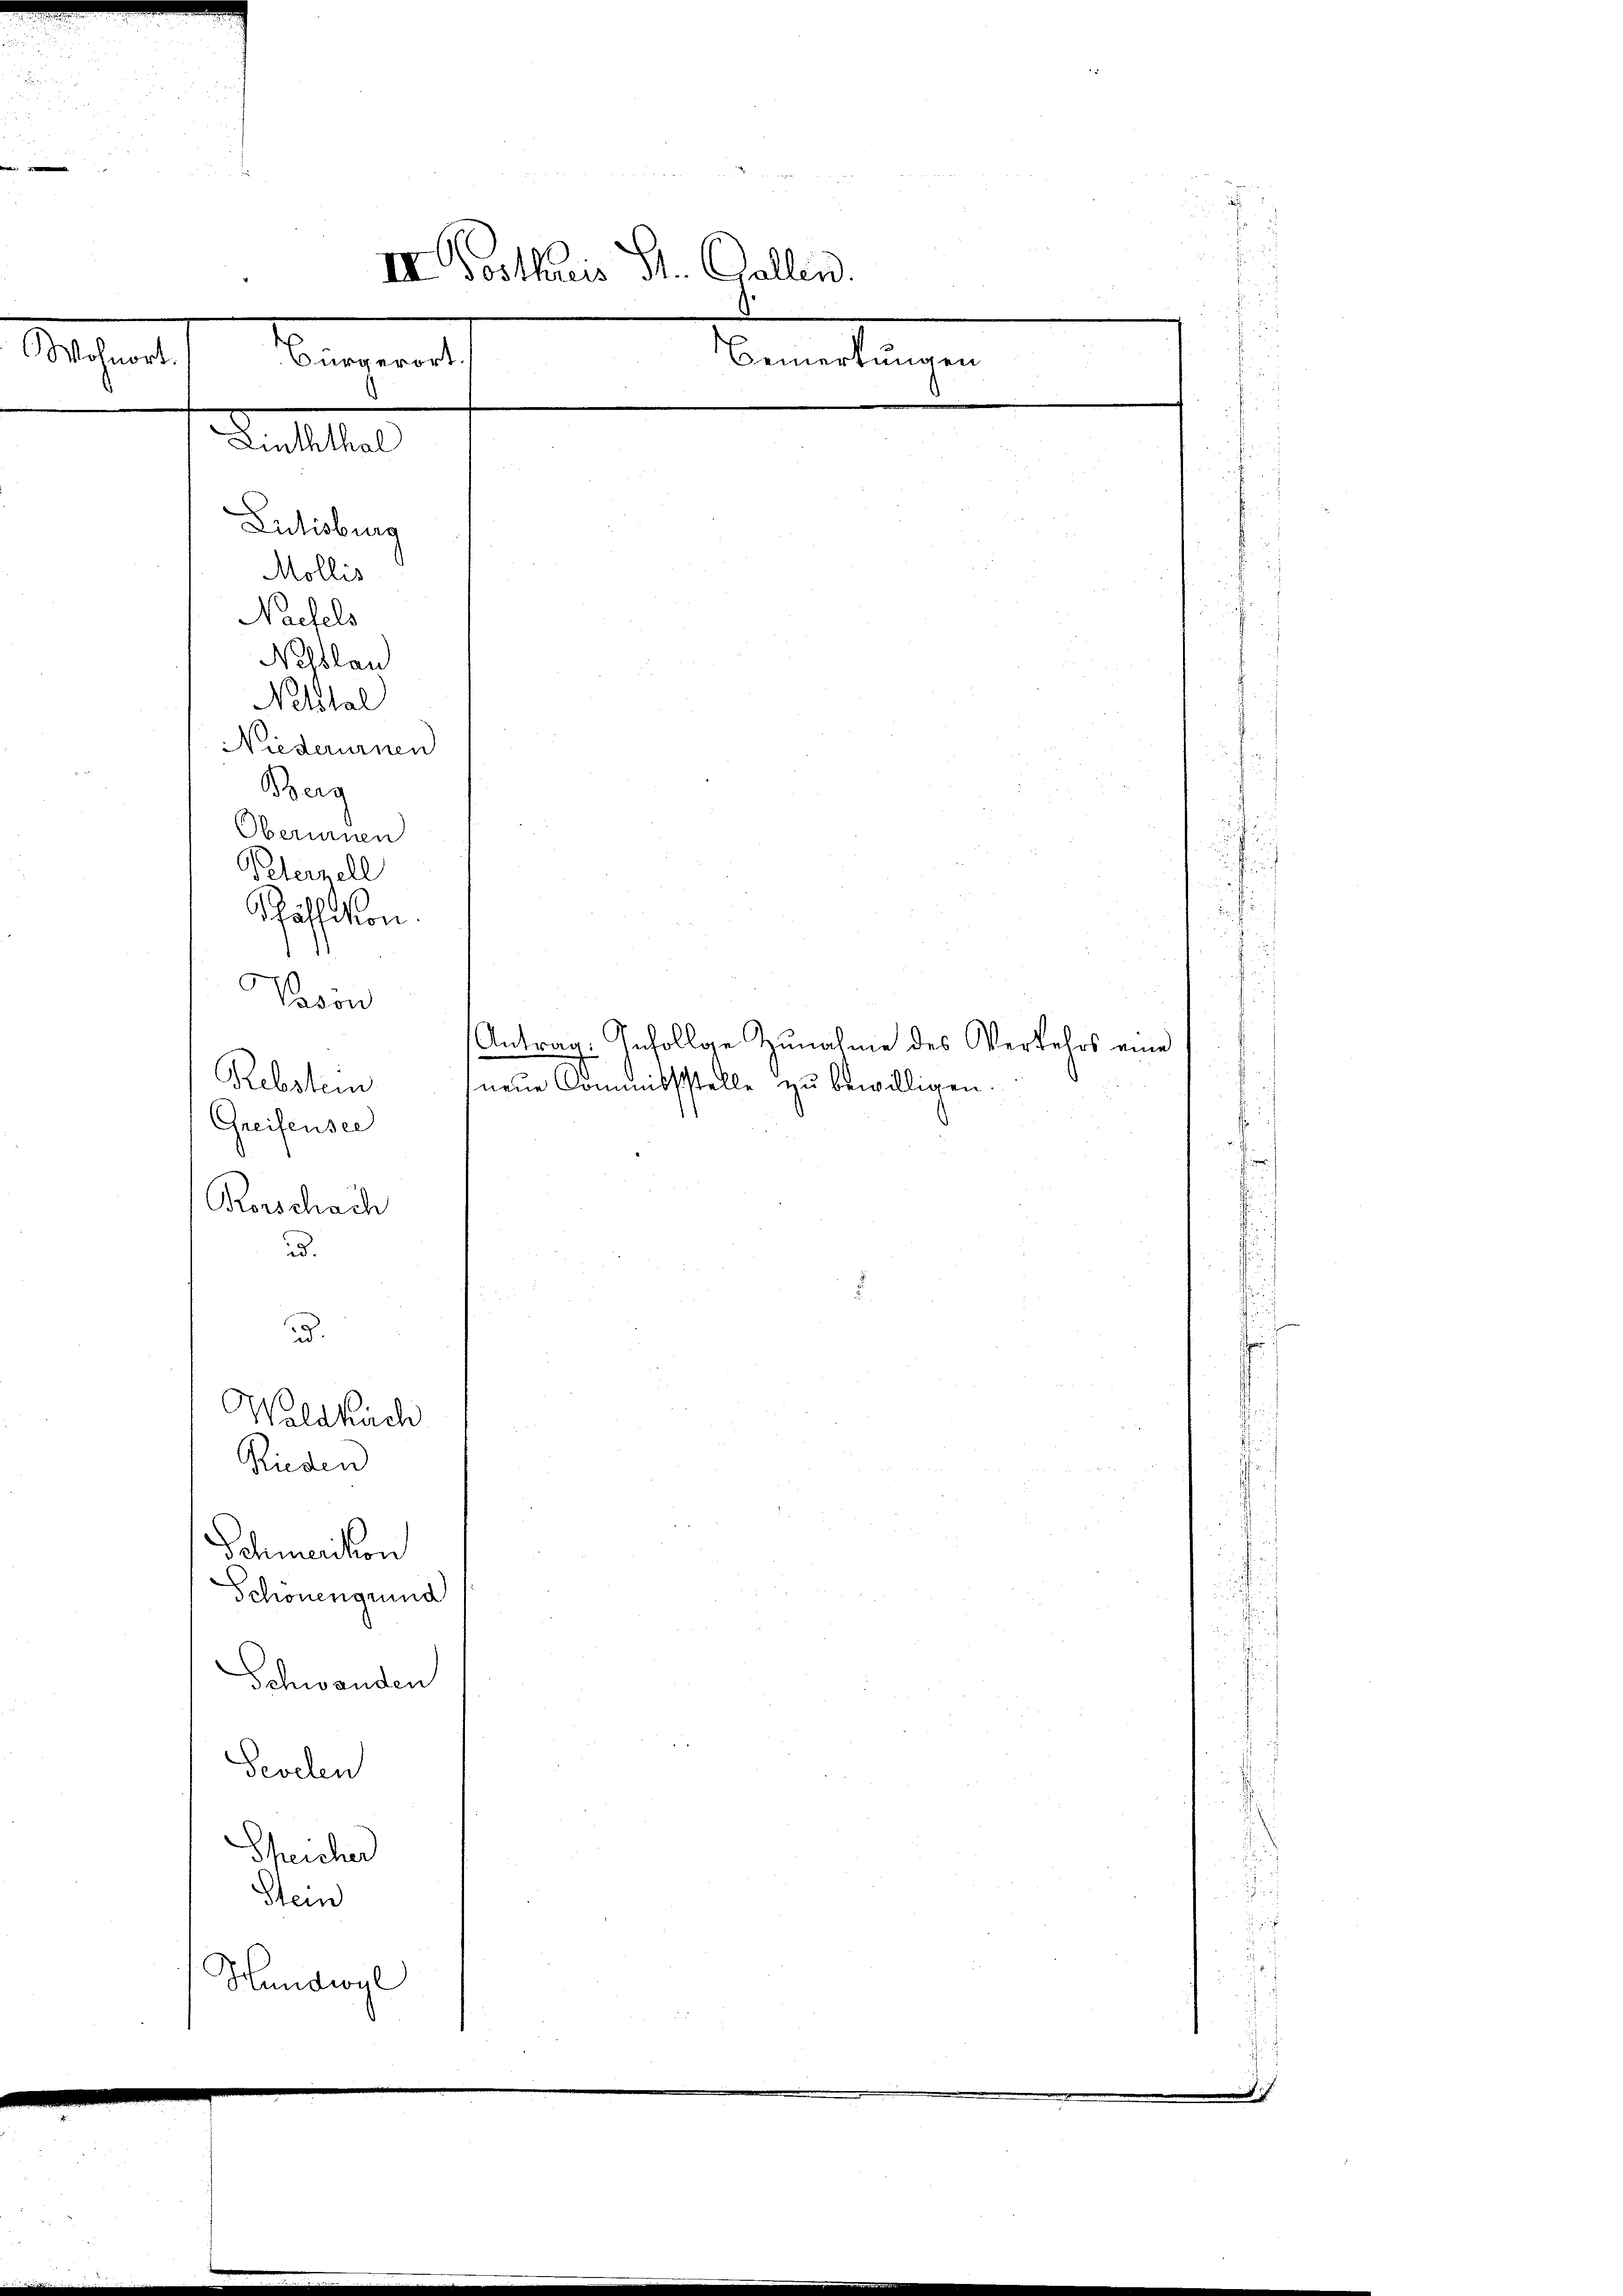
2555

Wohnor

.

Tantelal
Lutisburg
Mollis
Naefels
Nelblau
Nettal
Niederurnen
Berg
Oberinnen
Peternell
Pfäffikon.
Vavon
Rebstei
Greifensee

Korschach

III Postharis St. Gallen.
.
Bürgerort.
Bemerkungen

Antrag. Infolge Zunahme des Verkehrs eine
neue Commissstelle zu bewilligen.
ad.
ud.
Waldkuch
Rieden
Schmerikon
Schönengrund
Schwanden
Pevelen
Speicher
Stein
Hundwyl

d

d